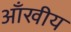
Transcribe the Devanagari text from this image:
आँखीय